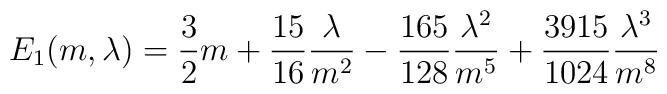
E_1(m,\lambda)=\frac{3}{2} m+\frac{15}{16}\frac{\lambda}{m^2}-\frac{165}{128}\frac{\lambda^2}{m^5}+\frac{3915}{1024}\frac{\lambda^3}{m^8}